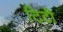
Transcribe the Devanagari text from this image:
टिटी